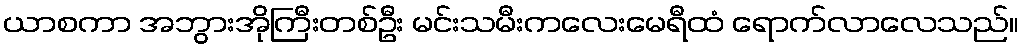
ယာစကာ အဘွားအိုကြီးတစ်ဦး မင်းသမီးကလေးမေရီထံ ရောက်လာလေသည်။